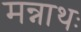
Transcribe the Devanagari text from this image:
मन्नाथः